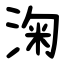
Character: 淗